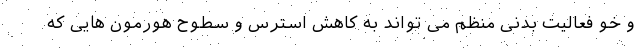
و خو فعالیت بدنی منظم می تواند به کاهش استرس و سطوح هورمون هایی که